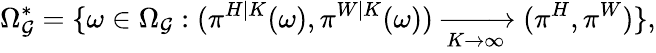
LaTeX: \Omega_{\mathcal{G}}^{*}=\{ \omega\in\Omega_{\mathcal{G}}:(\pi^{H|K}(\omega),\pi^{W|K}(\omega))\xrightarrow[K\to\infty]{}(\pi^{H},\pi^{W})\} ,